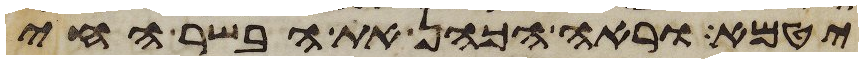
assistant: יטמא וראה הכהן את הבשר החי